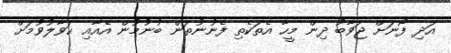
އަދި ފޯނަށް ޖަވާބު ދިން މީހާ އެތަކެތި ފެނުނުތަން ބުނުމުން އެއާއި ޙަވާލުވުމަށް